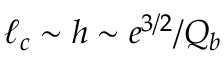
\ell _ { c } \sim h \sim e ^ { 3 / 2 } / Q _ { b }